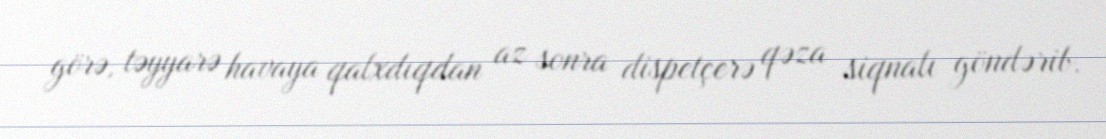
görə, təyyarə havaya qalxdıqdan az sonra dispetçerə qəza siqnalı göndərib.